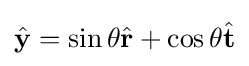
{\hat {\mathbf {y} }}=\sin \theta {\hat {\mathbf {r} }}+\cos \theta {\hat {\mathbf {t} }}